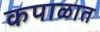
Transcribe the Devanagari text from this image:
कपाळात